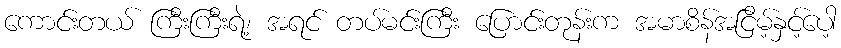
ကောင်းတယ် ကြီးကြီးရဲ့၊ အရင် တပ်မင်းကြီး ပြောင်းတုန်းက အမာစိန်အငြိမ့်နှင့်ပေါ့